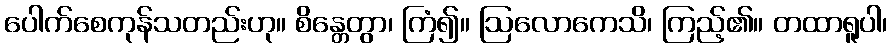
ပေါက်စေကုန်သတည်းဟု။ စိန္တေတွာ၊ ကြံ၍။ ဩလောကေသိ၊ ကြည့်၏။ တထာရူပါ၊